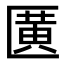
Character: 𫧖